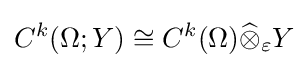
C^{k}(\Omega ;Y)\cong C^{k}(\Omega ){\widehat {\otimes }}_{\varepsilon }Y